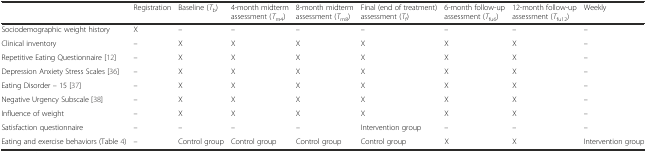
<table><thead><tr><td></td><td><b>Registration</b></td><td><b>Baseline (<i>T</i><sub>b</sub>)</b></td><td><b>4-month midterm assessment (<i>T</i><sub>m4</sub>)</b></td><td><b>8-month midterm assessment (<i>T</i><sub>m8</sub>)</b></td><td><b>Final (end of treatment) assessment (<i>T</i><sub>f</sub>)</b></td><td><b>6-month follow-up assessment (<i>T</i><sub>fu6</sub>)</b></td><td><b>12-month follow-up assessment (<i>T</i><sub>fu12</sub>)</b></td><td><b>Weekly</b></td></tr></thead><tbody><tr><td>Sociodemographic weight history</td><td>X</td><td>–</td><td>–</td><td>–</td><td>–</td><td>–</td><td>–</td><td>–</td></tr><tr><td>Clinical inventory</td><td>–</td><td>X</td><td>X</td><td>X</td><td>X</td><td>X</td><td>X</td><td>–</td></tr><tr><td>Repetitive Eating Questionnaire [12]</td><td>–</td><td>X</td><td>X</td><td>X</td><td>X</td><td>X</td><td>X</td><td>–</td></tr><tr><td>Depression Anxiety Stress Scales [36]</td><td>–</td><td>X</td><td>X</td><td>X</td><td>X</td><td>X</td><td>X</td><td>–</td></tr><tr><td>Eating Disorder – 15 [37]</td><td>–</td><td>X</td><td>X</td><td>X</td><td>X</td><td>X</td><td>X</td><td>–</td></tr><tr><td>Negative Urgency Subscale [38]</td><td>–</td><td>X</td><td>X</td><td>X</td><td>X</td><td>X</td><td>X</td><td>–</td></tr><tr><td>Influence of weight</td><td>–</td><td>X</td><td>X</td><td>X</td><td>X</td><td>X</td><td>X</td><td>–</td></tr><tr><td>Satisfaction questionnaire</td><td>–</td><td>–</td><td>–</td><td>–</td><td>Intervention group</td><td>–</td><td>–</td><td>–</td></tr><tr><td>Eating and exercise behaviors (Table 4)</td><td>–</td><td>Control group</td><td>Control group</td><td>Control group</td><td>Control group</td><td>X</td><td>X</td><td>Intervention group</td></tr></tbody></table>